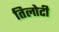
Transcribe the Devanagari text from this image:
तिलोटी